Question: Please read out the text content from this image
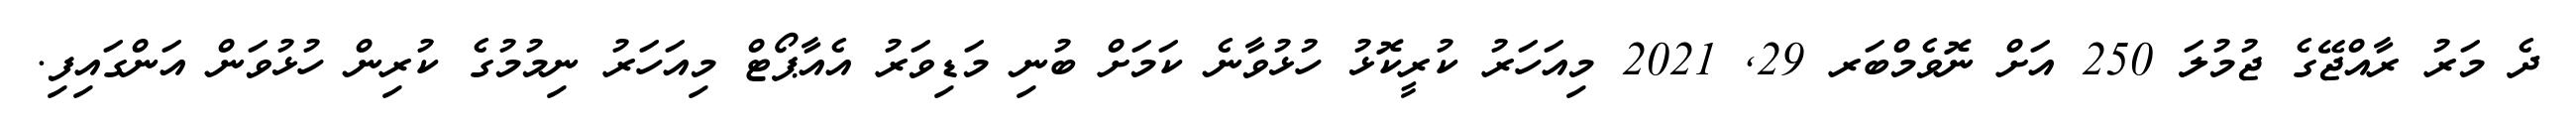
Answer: ދެ މަރު ރާއްޖޭގެ ޖުމުލަ 250 އަށް ނޮވެމްބަރ 29, 2021 މިއަހަރު ކުރީކޮޅު ހުޅުވާނެ ކަމަށް ބުނި މަޑިވަރު އެއާޕޯޓް މިއަހަރު ނިމުމުގެ ކުރިން ހުޅުވަން އަންގައިފި.